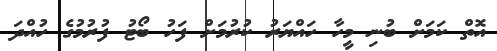
އޮތް ކަމަށް ބުނި މީހާ ހައްޔަރު ކުރުމަށް ފަހު ބޯޓު ފުރުމުގެ ހުއްދަ